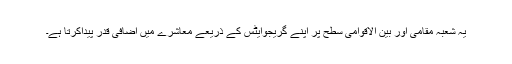
یہ شعبہ مقامی اور بین الاقوامی سطح پر اپنے گریجوایٹس کے ذریعے معاشرے میں اضافی قدر پیداکرتا ہے۔